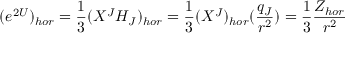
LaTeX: ( e ^ { 2 U } ) _ { h o r } = { \frac { 1 } { 3 } } ( X ^ { J } H _ { J } ) _ { h o r } = { \frac { 1 } { 3 } } ( X ^ { J } ) _ { h o r } ( { \frac { q _ { J } } { r ^ { 2 } } } ) = { \frac { 1 } { 3 } } { \frac { Z _ { h o r } } { r ^ { 2 } } }